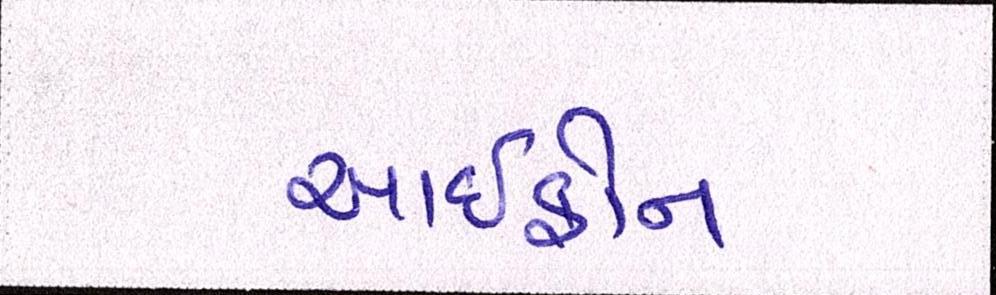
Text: આઇફોન